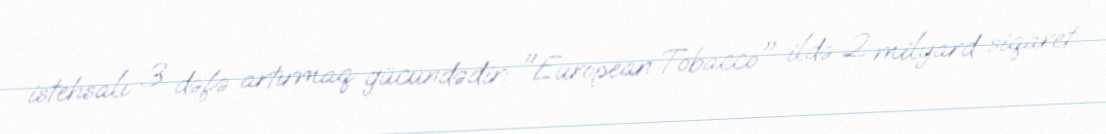
istehsalı 3 dəfə artırmaq gücündədir: "European Tobacco" ildə 2 milyard siqaret